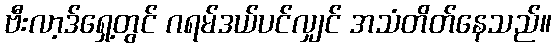
ဗီးလာ့ဒ်ရှေ့တွင် ဂရမ်ဒယ်ပင်လျှင် အသံတိတ်နေသည်။